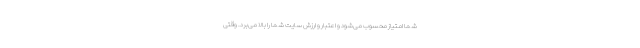
شما امتیاز محسوب می‌شود و اعتبار و ارزش سایت شما را بالا می‌برد. وقتی